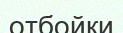
отбойки